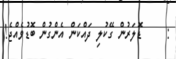
:     ޑޮލަރުން ގޭކުލި ދައްކަން އެންގުން ބޮޑުވެއްޖެ!